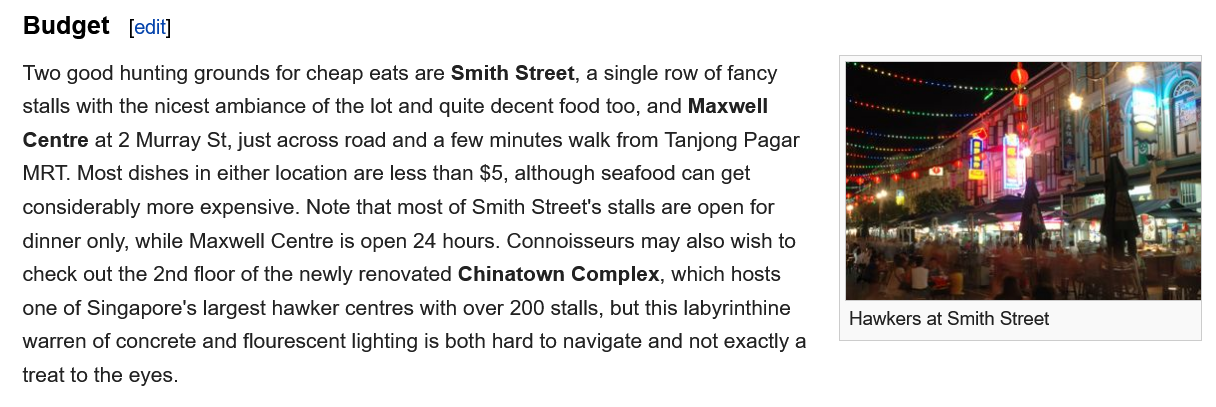
Budget
   Two good hunting grounds for cheap eats are Smith Street, a single row of fancy
   stalls with the nicest ambiance of the lot and quite decent food too, and Maxwell
   Centre at 2 Murray St, just across road and a few minutes walk from Tanjong Pagar
   MRT. Most dishes in either location are less than $5, although seafood can get
   considerably more expensive. Note that most of Smith Street's stalls are open for
   dinner only, while Maxwell Centre is open 24 hours. Connoisseurs may also wish to
   check out the 2nd floor of the newly renovated Chinatown Complex, which hosts
   one of Singapore's largest hawker centres with over 200 stalls, but this labyrinthine
   warren of concrete and flourescent lighting is both hard to navigate and not exactly a
   treat to the eyes.
     Hawkers at Smith Street
     [edit]